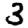
Digit: 3